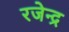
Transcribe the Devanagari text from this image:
रजेन्द्र